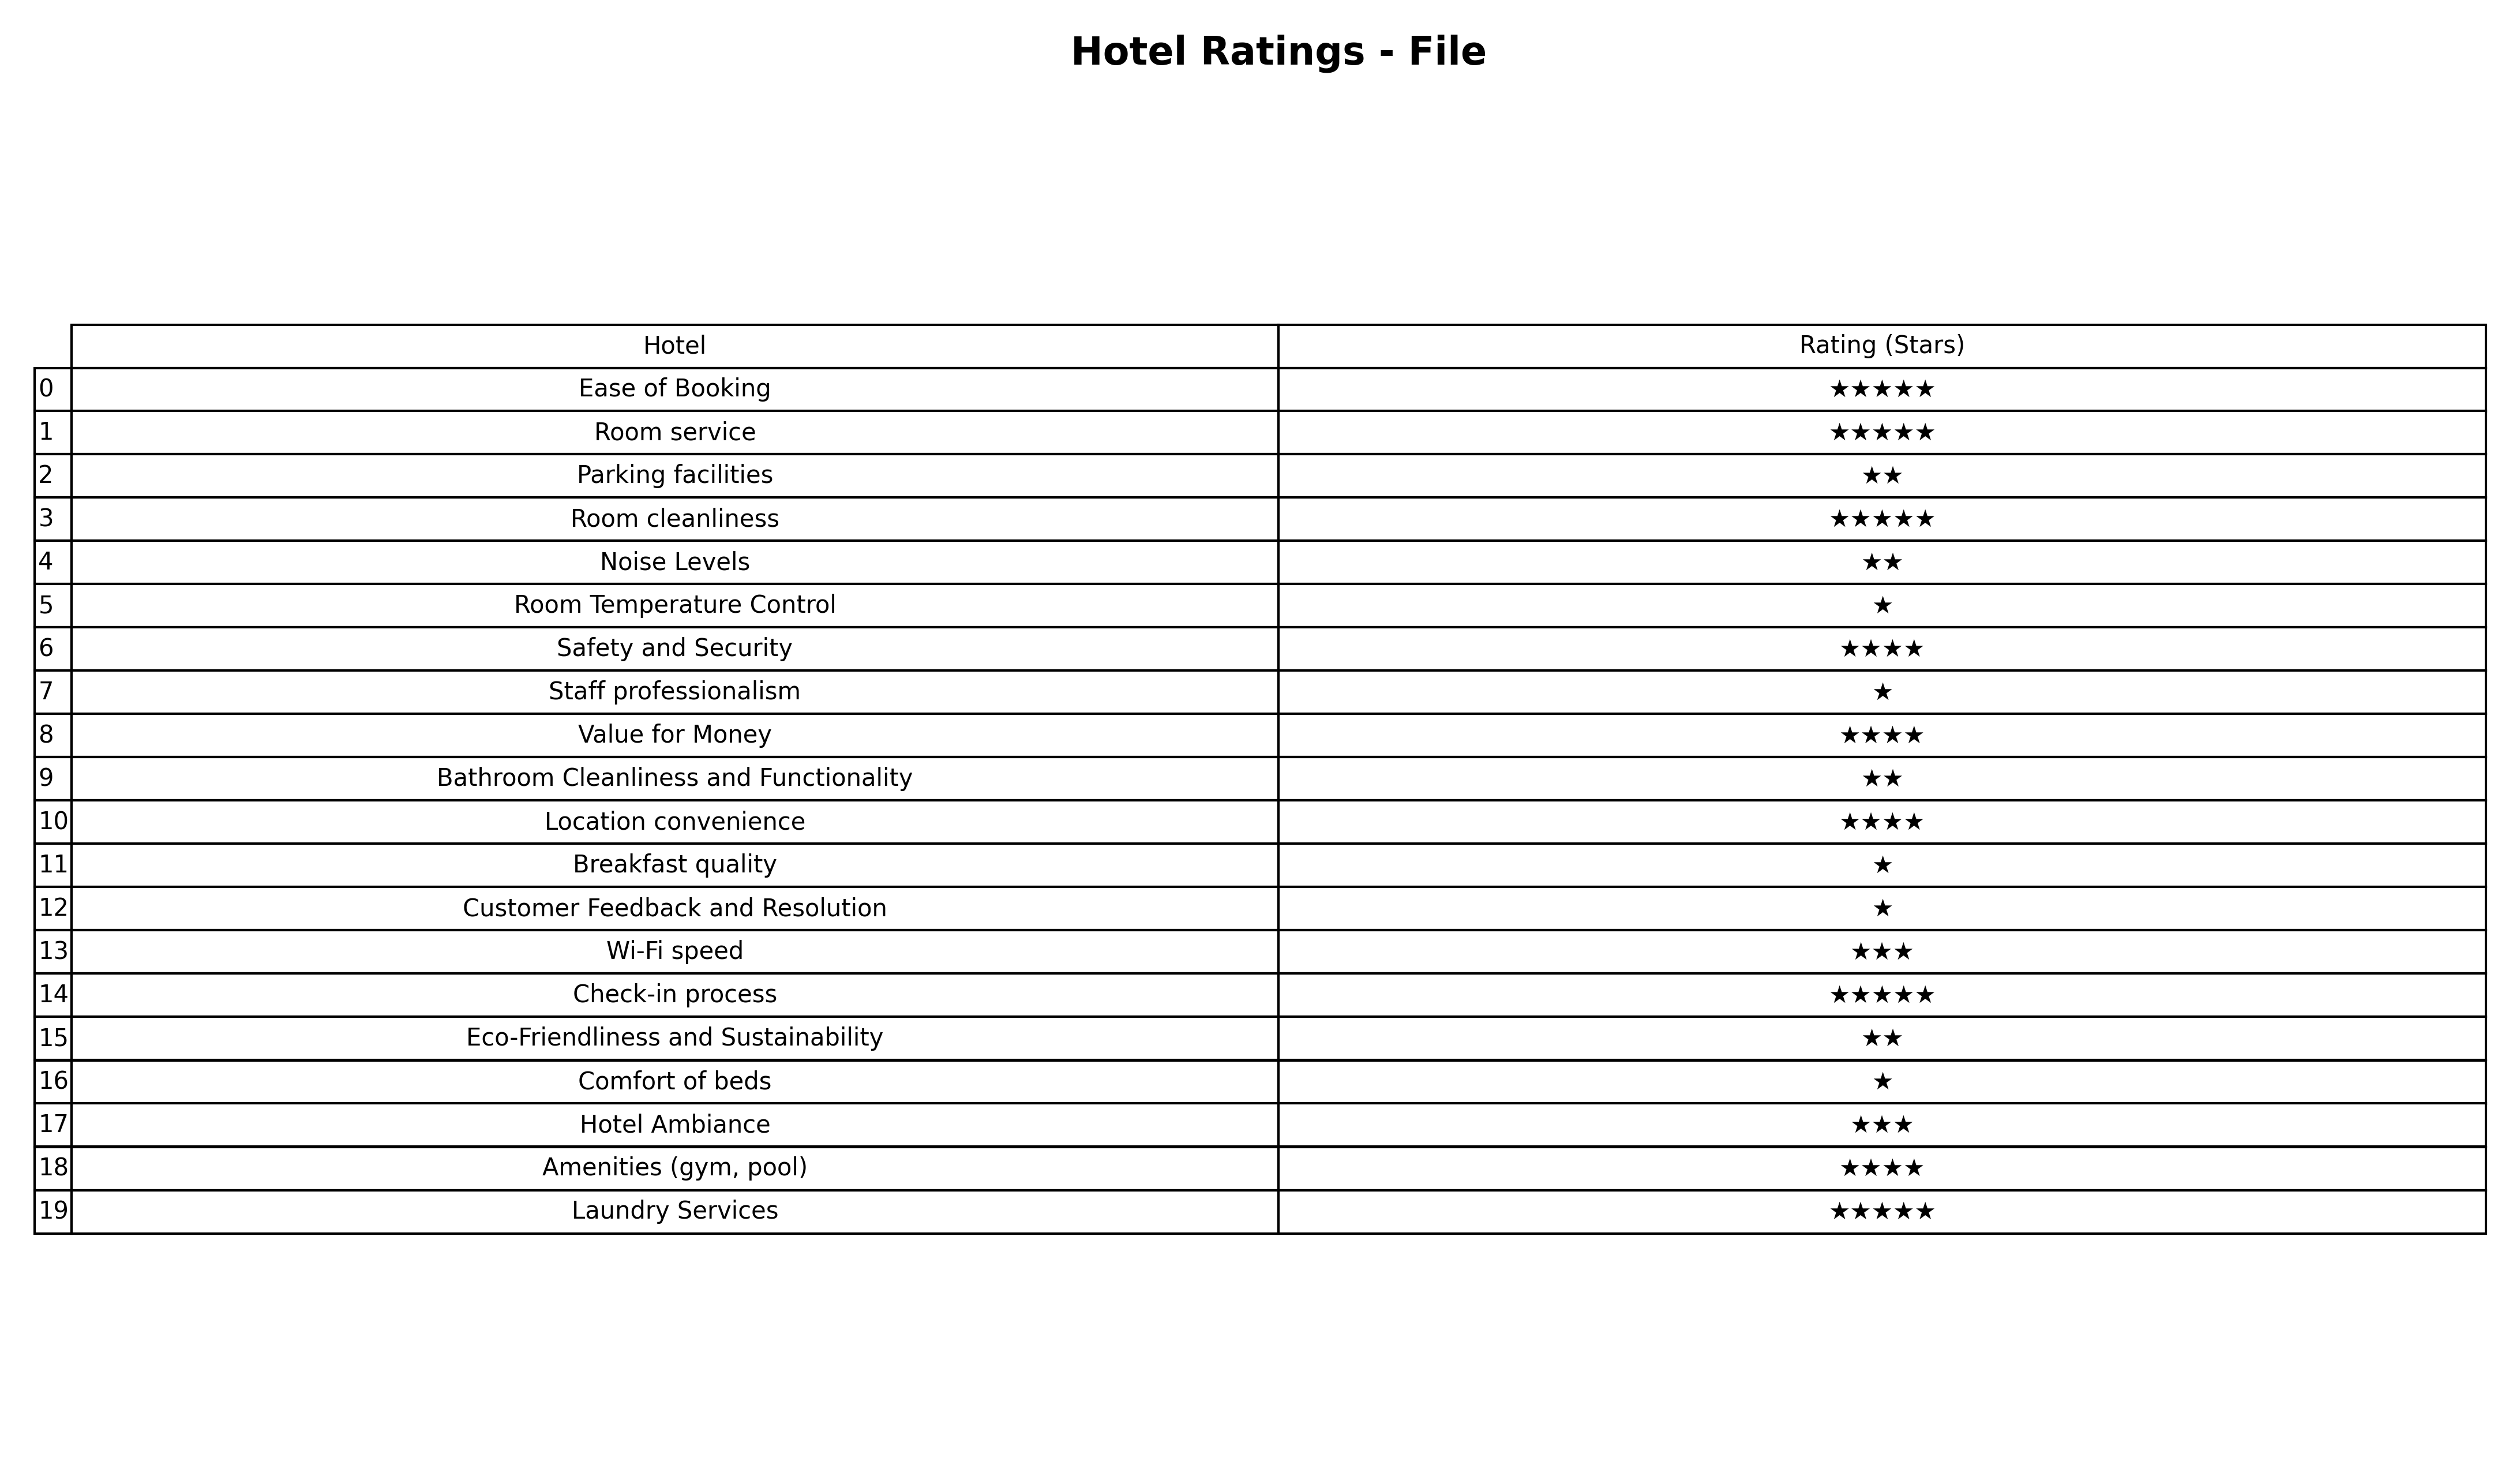
question: What is the rating of Room service?
answer: ★★★★★